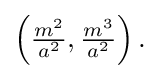
{\textstyle \left({\frac {m^{2}}{a^{2}}},{\frac {m^{3}}{a^{2}}}\right).}